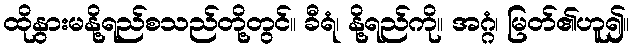
ထိုနွားမနို့ရည်စသည်တို့တွင်။ ခီရံ၊ နို့ရည်ကို။ အဂ္ဂံ၊ မြတ်၏ဟူ၍။